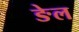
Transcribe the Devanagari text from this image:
ङेल